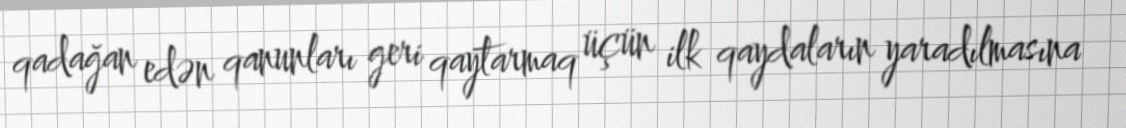
qadağan edən qanunları geri qaytarmaq üçün ilk qaydaların yaradılmasına